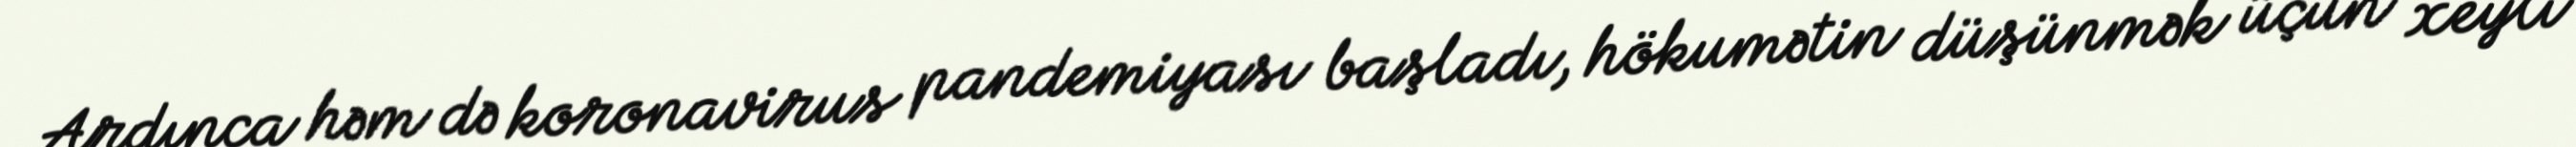
Ardınca həm də koronavirus pandemiyası başladı, hökumətin düşünmək üçün xeyli